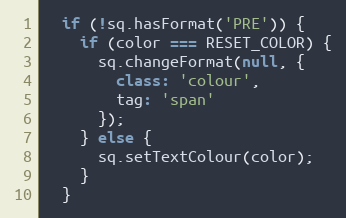
Language: JavaScript
  if (!sq.hasFormat('PRE')) {
    if (color === RESET_COLOR) {
      sq.changeFormat(null, {
        class: 'colour',
        tag: 'span'
      });
    } else {
      sq.setTextColour(color);
    }
  }